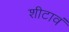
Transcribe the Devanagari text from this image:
शीटावं